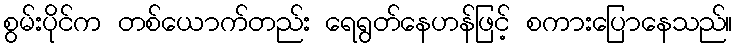
စွမ်းပိုင်က တစ်ယောက်တည်း ရေရွတ်နေဟန်ဖြင့် စကားပြောနေသည်။